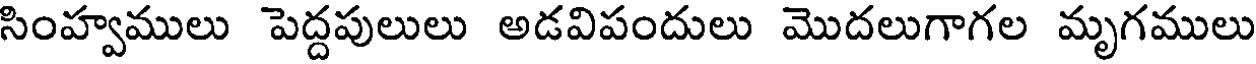
సింహ్వములు పెద్దపులులు అడవిపందులు మొదలుగాగల మృగములు